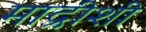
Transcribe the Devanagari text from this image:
माद्रीशी